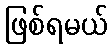
ဖြစ်ရမယ်